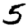
Digit: 5